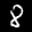
Digit: 8